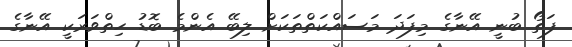
ފަތޯ ބުނީ އޭނާގެ މިފަދަ މަސައްކަތްތަކަށް ލިބޭ އެންމެ ބޮޑު ހިތްވަރަކީ އޭނާގެ